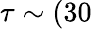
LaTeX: \tau\sim(30